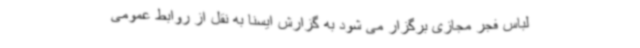
لباس فجر مجازی برگزار می شود به گزارش ایسنا به نقل از روابط عمومی